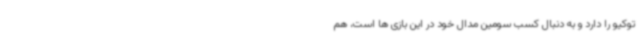
توکیو را دارد و به دنبال کسب سومین مدال خود در این بازی ها است، هم